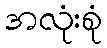
အလုံးစုံ